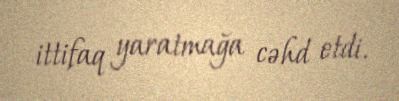
ittifaq yaratmağa cəhd etdi.